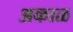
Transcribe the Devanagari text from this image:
अकाळ